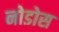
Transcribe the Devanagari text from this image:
नोडोस